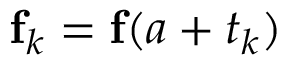
{ \bf f } _ { k } = { \bf f } ( a + t _ { k } )